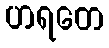
ဟရတေ